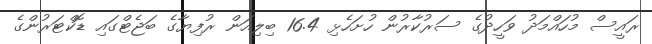
ރައީސް މުހައްމަދު ވަހީދުގެ ސަރުކާރުން ހުށަހެޅި 16.4 ބިލިއަން ރުފިޔާގެ ބަޖެޓްގައި ޑޮކްޓަރުންގެ